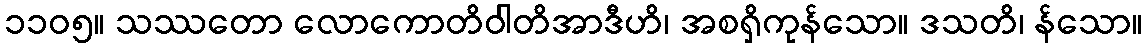
၁၁၀၅။ သဿတော လောကောတိဝါတိအာဒီဟိ၊ အစရှိကုန်သော။ ဒသတိ၊ န်သော။